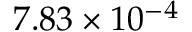
7 . 8 3 \times 1 0 ^ { - 4 }